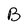
Character: B